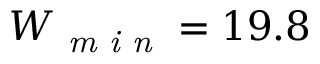
W _ { \textit { m i n } } = 1 9 . 8